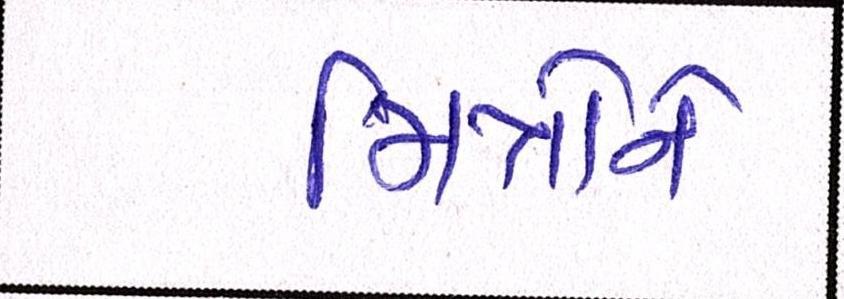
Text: મિત્રોને